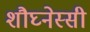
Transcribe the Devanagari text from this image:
शौघ्नेस्सी